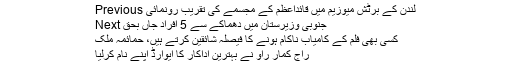
Previous لندن کے برٹش میوزیم میں قائداعظم کے مجسمے کی تقریب رونمائی
Next جنوبی وزیرستان میں دھماکے سے 5 افراد جاں بحق
کسی بھی فلم کے کامیاب ناکام ہونے کا فیصلہ شائقین کرتے ہیں، حمائمہ ملک
راج کمار راؤ نے بہترین اداکار کا ایوارڈ اپنے نام کرلیا